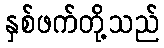
နှစ်ဖက်တို့သည်